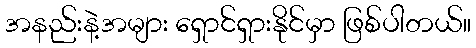
အနည်းနဲ့အများ ရှောင်ရှားနိုင်မှာ ဖြစ်ပါတယ်။